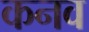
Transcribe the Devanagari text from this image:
कनव